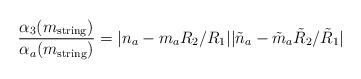
\begin{align*}\frac{\alpha_3(m_{\rm string})}{\alpha_a(m_{\rm string})}=|n_a - m_aR_2/R_1||\tilde{n}_a - \tilde{m}_a\tilde{R}_2/\tilde{R}_1|\end{align*}